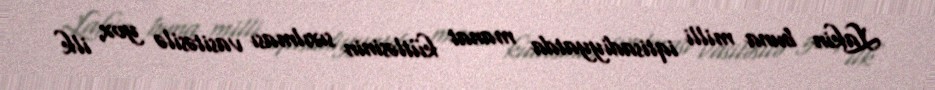
Lakin buna milli iqtisadiyyatda manat kütləsinin sıxılması vasitəsilə yox, ilk